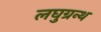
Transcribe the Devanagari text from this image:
लघुग्रन्थ